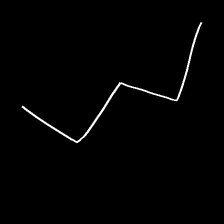
Glyph: crush